Elephants and their diseases
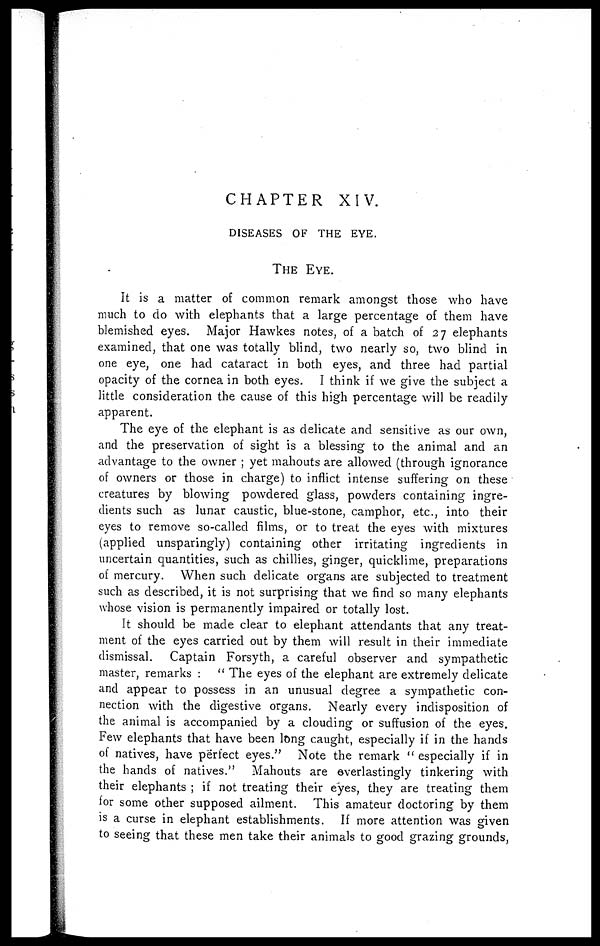
CHAPTER XIV.
DISEASES OF THE EYE.
THE EYE.
It is a matter of common remark amongst those who have
much to do with elephants that a large percentage of them have
blemished eyes. Major Hawkes notes, of a batch of 27 elephants
examined, that one was totally blind, two nearly so, two blind in
one eye, one had cataract in both eyes, and three had partial
opacity of the cornea in both eyes. I think if we give the subject a
little consideration the cause of this high percentage will be readily
apparent.
The eye of the elephant is as delicate and sensitive as our own,
and the preservation of sight is a blessing to the animal and an
advantage to the owner ; yet mahouts are allowed (through ignorance
of owners or those in charge) to inflict intense suffering on these
creatures by blowing powdered glass, powders containing ingre-
dients such as lunar caustic, blue-stone, camphor, etc., into their
eyes to remove so-called films, or to treat the eyes with mixtures
(applied unsparingly) containing other irritating ingredients in
uncertain quantities, such as chillies, ginger, quicklime, preparations
of mercury. When such delicate organs are subjected to treatment
such as described, it is not surprising that we find so many elephants
whose vision is permanently impaired or totally lost.
It should be made clear to elephant attendants that any treat-
ment of the eyes carried out by them will result in their immediate
dismissal. Captain Forsyth, a careful observer and sympathetic
master, remarks : " The eyes of the elephant are extremely delicate
and appear to possess in an unusual degree a sympathetic con-
nection with the digestive organs. Nearly every indisposition of
the animal is accompanied by a clouding or suffusion of the eyes.
Few elephants that have been long caught, especially if in the hands
of natives, have perfect eyes." Note the remark " especially if in
the hands of natives." Mahouts are everlastingly tinkering with
their elephants ; if not treating their eyes, they are treating them
for some other supposed ailment. This amateur doctoring by them
is a curse in elephant establishments. If more attention was given
to seeing that these men take their animals to good grazing grounds,